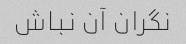
نگران آن نباش